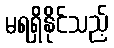
မရရှိနိုင်သည့်